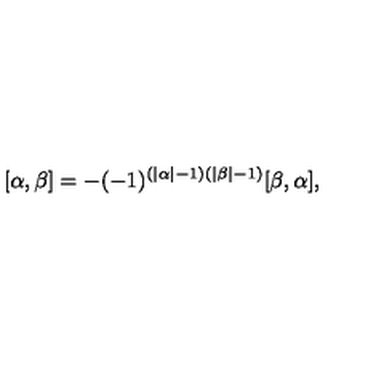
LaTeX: [ \alpha , \beta ] = - ( - 1 ) ^ { ( | \alpha | - 1 ) ( | \beta | - 1 ) } [ \beta , \alpha ] ,